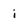
Character: i